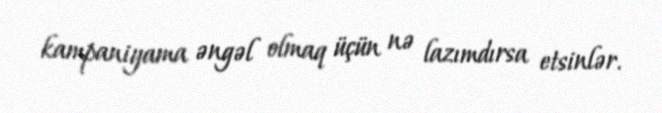
kampaniyama əngəl olmaq üçün nə lazımdırsa etsinlər.